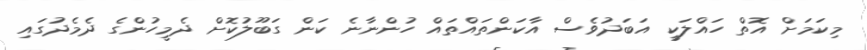
މިކަމަށް އޮތް ހައްލަކީ އަބަދުވެސް އާކަންތައްތައް ހުންނާނެ ކަން ގަބޫލުކޮށް ދެމީހުންގެ ދެމެދުގައި